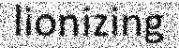
lionizing